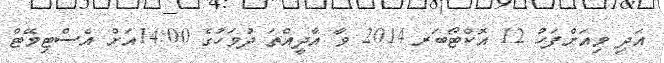
އަދި މިއަށްފަހު 12 އޮކްޓޯބަރ 2014 ވާ އާދީއްތަ ދުވަހުގެ 14:00އަށް އެސްޓިމޭޓް